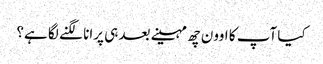
کیا آپ کا اوون چھ مہینے بعد ہی پرانا لگنے لگا ہے؟